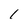
Character: 1